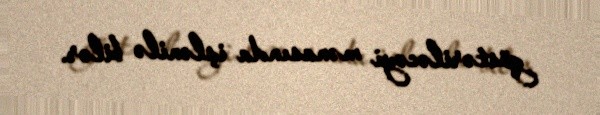
göstəriləcəyi mənasında işlənilə bilər.